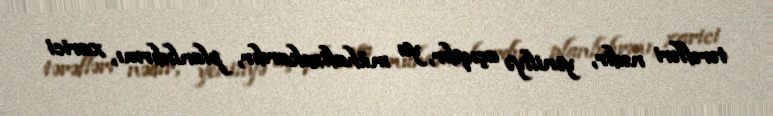
tərəfləri nədir, yeniliyə açıqdır, ya mühafizəkardır, planlıdırmı, xarici